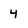
Character: 4